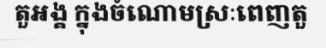
តួអង្គ ក្នុងចំណោមស្រៈពេញតួ